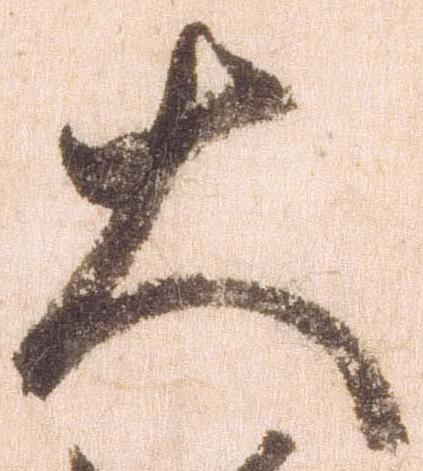
大